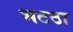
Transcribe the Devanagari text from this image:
भटठा